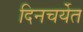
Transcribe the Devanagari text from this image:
दिनचर्येत